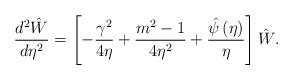
LaTeX: \begin{align*}\frac{d^{2}\hat{{W}}}{d\eta^{2}}=\left[ {-\frac{\gamma^{2}}{4\eta}+\frac{m^{2}-1}{4\eta^{2}}+\frac{\hat{{\psi}}\left( \eta\right) }{\eta}}\right] \hat{{W}}. \end{align*}